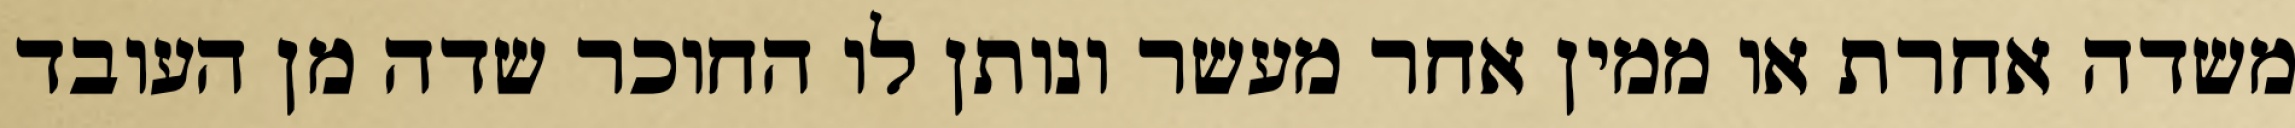
משדה אחרת או ממין אחר מעשר ונותן לו החוכר שדה מן העובד